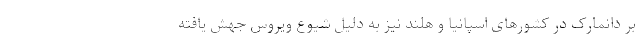
بر دانمارک در کشورهای اسپانیا و هلند نیز به دلیل شیوع ویروس جهش یافته